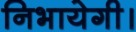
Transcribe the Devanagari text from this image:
निभायेगी।